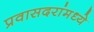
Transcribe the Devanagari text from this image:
प्रवासदरांमध्ये